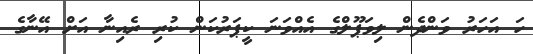
ހަ އަހަރު ވަންދެން ލިވަޕޫލްގެ އެއްވަނަ ކީޕަރުކަން ކުރި ރެއިނާ އަށް އޭނާގެ